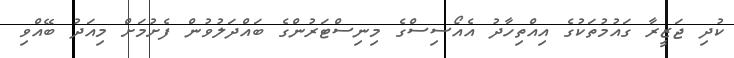
ކުދި ޖަޒީރާ ގައުމުތަކުގެ އިއްތިހާދު އެއޯސިސްގެ މިނިސްޓަރުންގެ ބައްދަލުވުން ފެށުމަށް މިއަދު ބޭއްވި